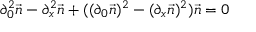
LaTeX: \partial _ { 0 } ^ { 2 } \vec { n } - \partial _ { x } ^ { 2 } \vec { n } + ( ( \partial _ { 0 } \vec { n } ) ^ { 2 } - ( \partial _ { x } \vec { n } ) ^ { 2 } ) \vec { n } = 0